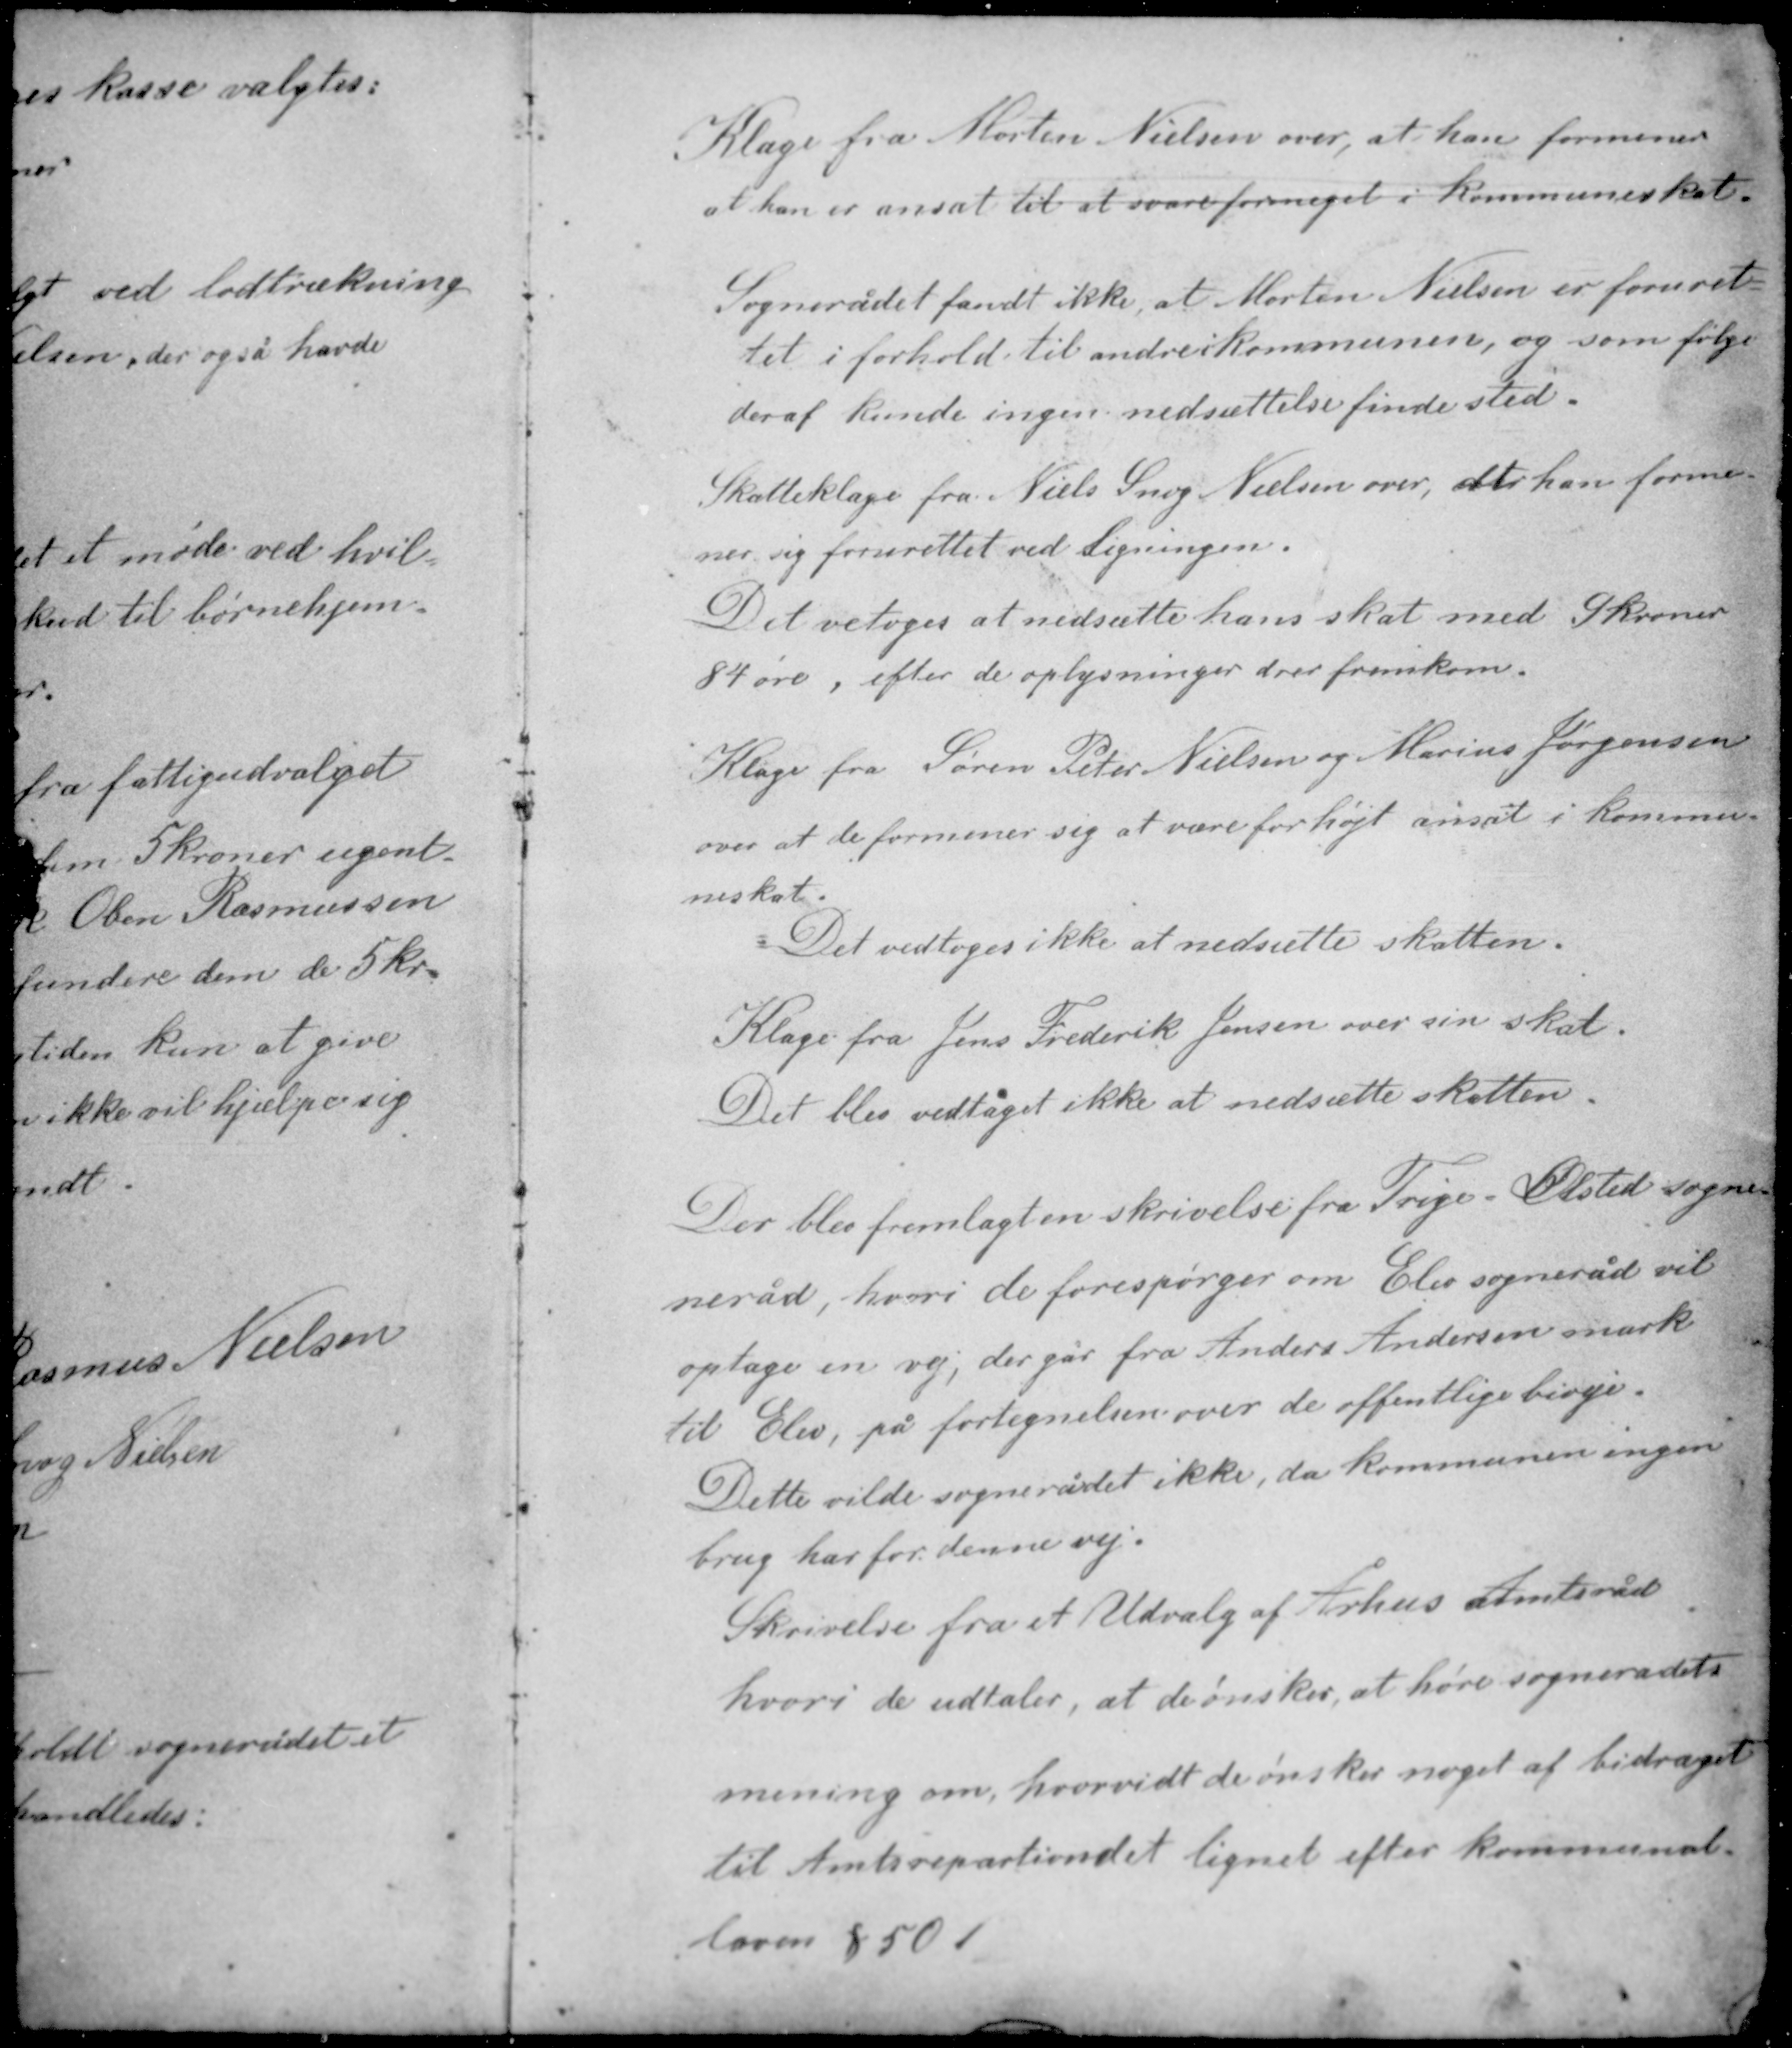
Transskription:
Klage fra Morten Nielsen over, at han formener
at han er ansat til at svare for meget i Kommuneskat.

Sognerådet fandt ikke, at Morten Nielsen er foruret-
tet i forhold til andre i kommunen, og som følge
deraf kunde ingen nedsættelse finde sted.

Skatteklage fra Niels Snog Nielsen over, at han forme-
ner sig forurettet ved Ligningen.
Det vedtoges at nedsætte hans skat med 9 kroner
84 øre, efter de oplysninger der fremkom.

Klage fra Søren Peter Nielsen og Marius Jørgensen
om at de formener sig at være for højt ansat i kommu-
neskat.
Det vedtoges ikke at nedsætte skatten.

Klage fra Jens Frederik Jensen over sin skat.
Det blev vedtaget ikke at nedsætte skatten.

Der blev fremlagt en skrivelse fra Trige - Ølsted sogne-
neråd, hvori de forespørger om Elev sogneråd vil
optage en vej, der går fra Anders Andersens mark
til Elev, på fortegnelsen over de offentlige biveje.
Dette vilde sognerådet ikke, da kommunen ingen
brug har for denne vej.

Skrivelse fra et Udvalg af Århus Amtsråd
hvori de udtaler, at de ønsker, at høre sognerådets
mening om, hvorvidt de ønsker noget af bidraget
til Amtsrepartiondet lignet efter kommunal-
lovens § 50 1